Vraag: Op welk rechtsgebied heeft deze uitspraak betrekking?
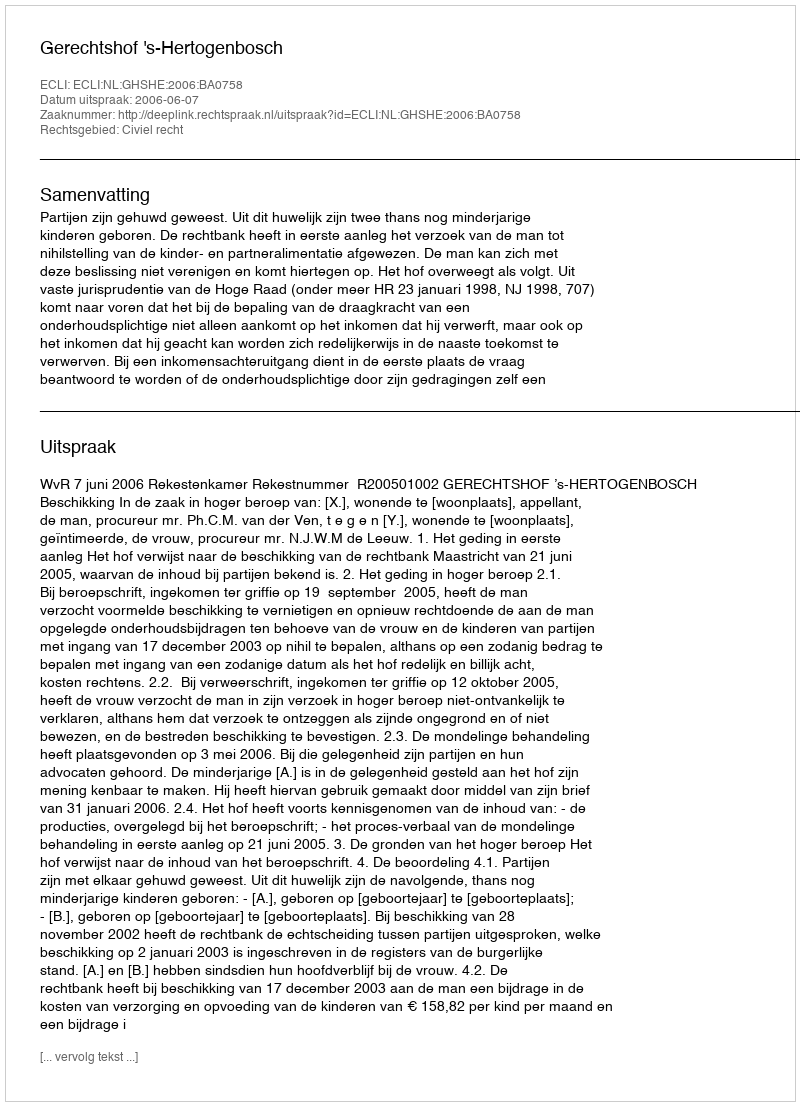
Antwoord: Civiel recht